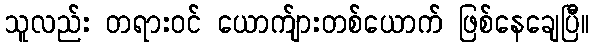
သူလည်း တရားဝင် ယောက်ျားတစ်ယောက် ဖြစ်နေချေပြီ။